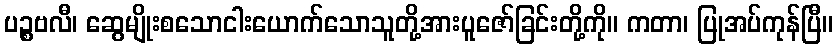
ပဉ္စဗလီ၊ ဆွေမျိုးစသောငါးယောက်သောသူတို့အားပူဇော်ခြင်းတို့ကို။ ကတာ၊ ပြုအပ်ကုန်ပြီ။